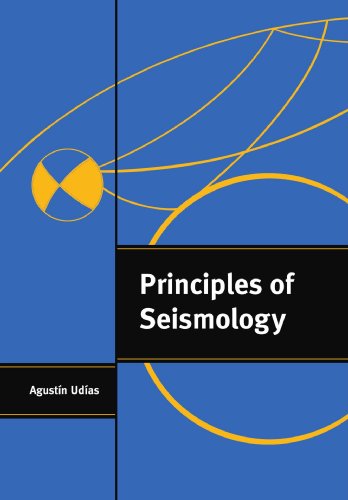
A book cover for Principles of Seismology; Agustin UdÃ­as; Science & Math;